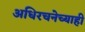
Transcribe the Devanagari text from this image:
अधिरचनेच्याही